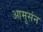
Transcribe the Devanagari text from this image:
आमुसंन